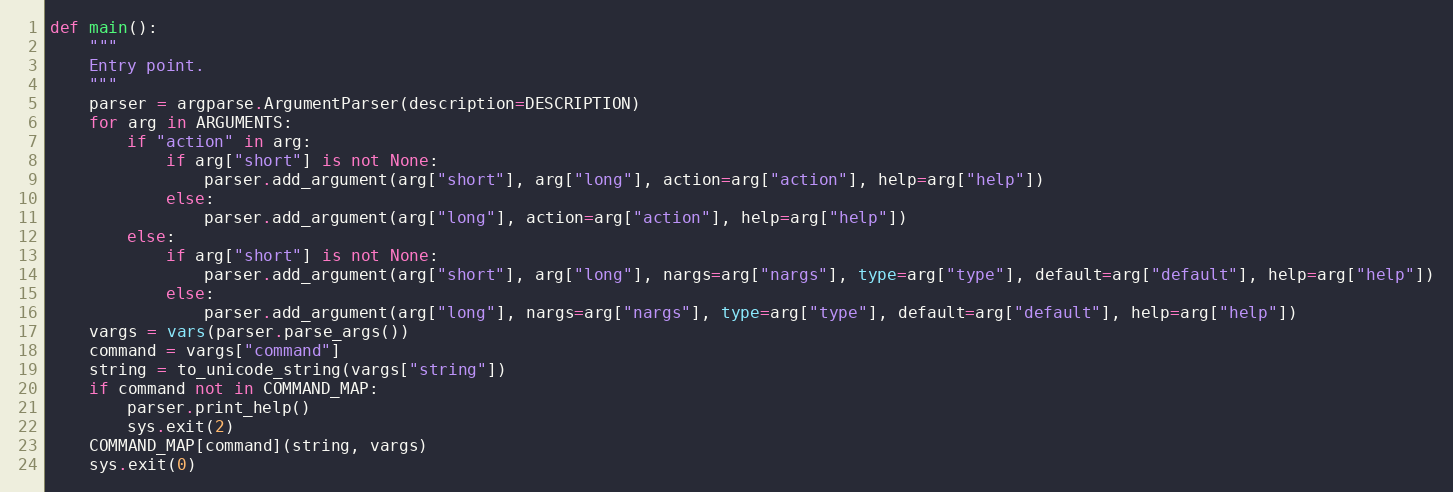
Language: Python
def main():
    """
    Entry point.
    """
    parser = argparse.ArgumentParser(description=DESCRIPTION)
    for arg in ARGUMENTS:
        if "action" in arg:
            if arg["short"] is not None:
                parser.add_argument(arg["short"], arg["long"], action=arg["action"], help=arg["help"])
            else:
                parser.add_argument(arg["long"], action=arg["action"], help=arg["help"])
        else:
            if arg["short"] is not None:
                parser.add_argument(arg["short"], arg["long"], nargs=arg["nargs"], type=arg["type"], default=arg["default"], help=arg["help"])
            else:
                parser.add_argument(arg["long"], nargs=arg["nargs"], type=arg["type"], default=arg["default"], help=arg["help"])
    vargs = vars(parser.parse_args())
    command = vargs["command"]
    string = to_unicode_string(vargs["string"])
    if command not in COMMAND_MAP:
        parser.print_help()
        sys.exit(2)
    COMMAND_MAP[command](string, vargs)
    sys.exit(0)